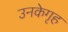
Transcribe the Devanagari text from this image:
उनकेगृह